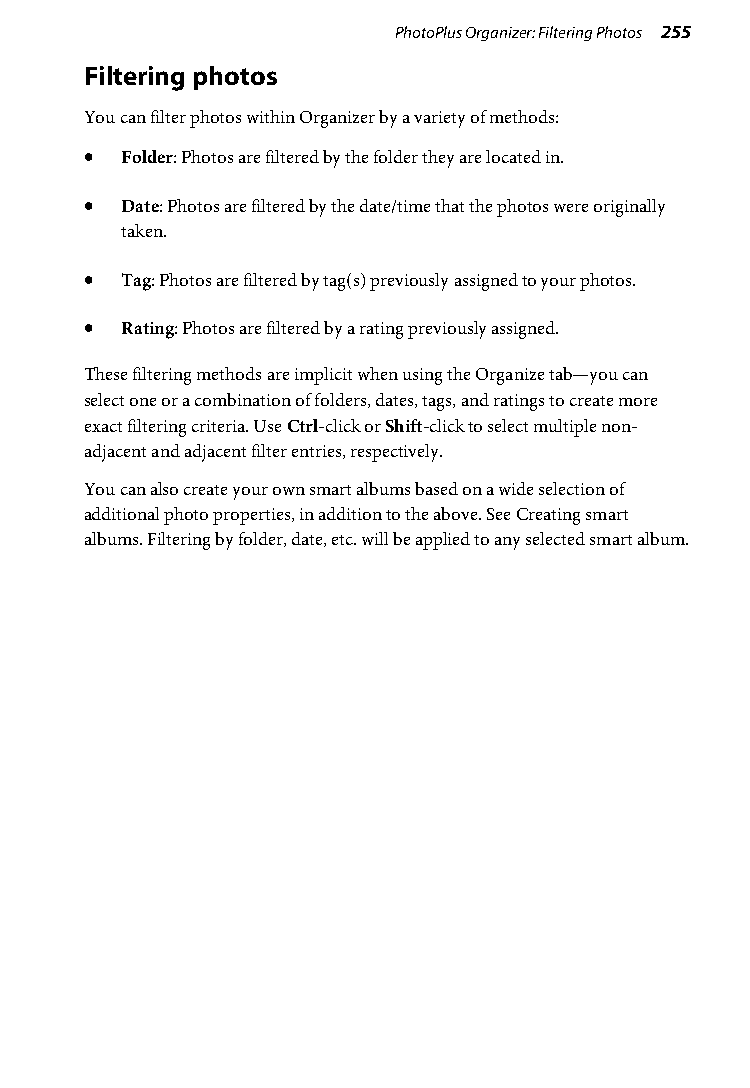
PhotoPlus Organizer: Filtering Photos 255
 Filtering photos
 You can filter photos within Organizer by a variety of methods:
 • Folder: Photos are filtered by the folder they are located in.
 • Date: Photos are filtered by the date/time that the photos were originally
 taken.
 • Tag: Photos are filtered by tag(s) previously assigned to your photos.
 • Rating: Photos are filtered by a rating previously assigned.
 These filtering methods are implicit when using the Organize tab—you can
 select one or a combination of folders, dates, tags, and ratings to create more
 exact filtering criteria. Use Ctrl-click or Shift-click to select multiple non-
 adjacent and adjacent filter entries, respectively.
 You can also create your own smart albums based on a wide selection of
 additional photo properties, in addition to the above. See Creating smart
 albums. Filtering by folder, date, etc. will be applied to any selected smart album.